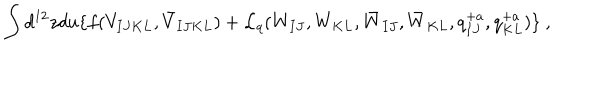
LaTeX: \int d ^ { 1 2 } z d u \{ f ( V _ { I J K L } , \bar { V } _ { I J K L } ) + { \cal L } _ { q } ( W _ { I J } , W _ { K L } , \bar { W } _ { I J } , \bar { W } _ { K L } , q _ { I J } ^ { + a } , q _ { K L } ^ { + a } ) \} ~ ,